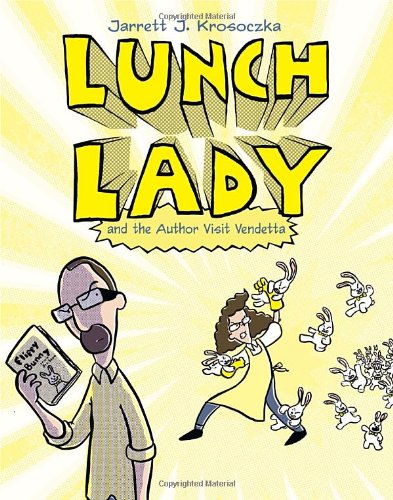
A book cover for Lunch Lady and the Author Visit Vendetta: Lunch Lady #3; Jarrett J. Krosoczka; Children's Books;